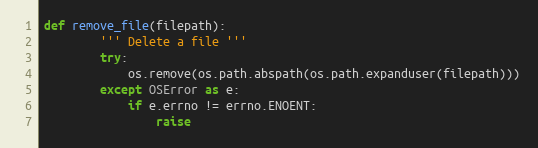
Language: Python
def remove_file(filepath):
        ''' Delete a file '''
        try:
            os.remove(os.path.abspath(os.path.expanduser(filepath)))
        except OSError as e:
            if e.errno != errno.ENOENT:
                raise